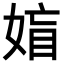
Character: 𡞙